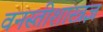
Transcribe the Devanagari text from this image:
वनस्तीशास्त्रज्ञ